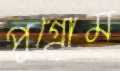
পুগ্রোম